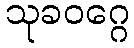
သုခဝဂ္ဂေ